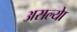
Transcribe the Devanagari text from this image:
असल्याे